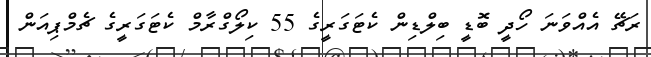
ރަޗޭ އެއްވަނަ ހޯދީ ބޮޑީ ބިލްޑިން ކެޓަގަރީގެ 55 ކިލޯގްރާމް ކެޓަގަރީގެ ޗެމްޕިއަން